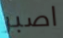
اصبر